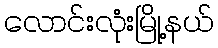
လောင်းလုံးမြို့နယ်